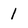
Character: 1